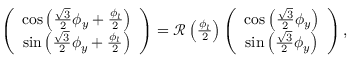
\begin{array} { r } { \left( \begin{array} { c } { \cos \left( \frac { \sqrt { 3 } } { 2 } \phi _ { y } + \frac { \phi _ { l } } { 2 } \right) } \\ { \sin \left( \frac { \sqrt { 3 } } { 2 } \phi _ { y } + \frac { \phi _ { l } } { 2 } \right) } \end{array} \right) = { \mathcal R } \left( \frac { \phi _ { l } } { 2 } \right) \left( \begin{array} { c } { \cos \left( \frac { \sqrt { 3 } } { 2 } \phi _ { y } \right) } \\ { \sin \left( \frac { \sqrt { 3 } } { 2 } \phi _ { y } \right) } \end{array} \right) , } \end{array}